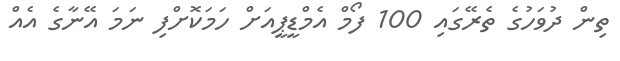
ތިން ދުވަހުގެ ތެރޭގައި 100 ފޯމް އެމްޑީޕީއަށް ހަމަކޮށްފި ނަމަ އޭނާގެ އެއް